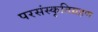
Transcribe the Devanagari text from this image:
परसंस्कृतिग्रहण